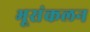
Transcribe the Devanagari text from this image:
भूसंकलन